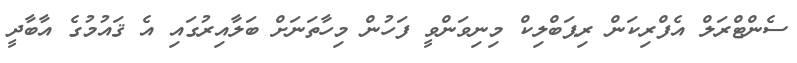
ސެންޓްރަލް އެފްރިކަން ރިޕަބްލިކް މިނިވަންވީ ފަހުން މިހާތަނަށް ބަލާއިރުގައި އެ ޤައުމުގެ އާބާދީ